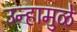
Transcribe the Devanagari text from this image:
उन्हामुळे